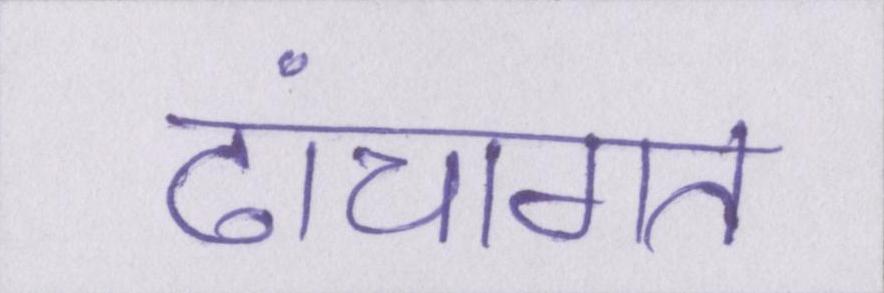
ढांचागत